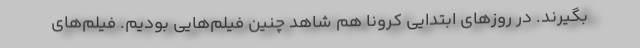
بگیرند. در روزهای ابتدایی کرونا هم شاهد چنین فیلم‌هایی بودیم. فیلم‌های